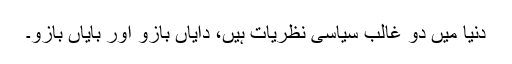
دنیا میں دو غالب سیاسی نظریات ہیں، دایاں بازو اور بایاں بازو۔